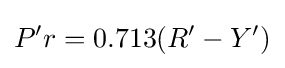
P'r=0.713(R'-Y')